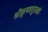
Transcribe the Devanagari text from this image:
श्रीकृष्णपुरमचे